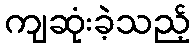
ကျဆုံးခဲ့သည့်